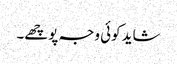
شاید کوئی وجہ پوچھے۔